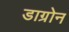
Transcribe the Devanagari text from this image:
डाग्रोन